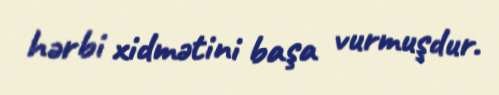
hərbi xidmətini başa vurmuşdur.